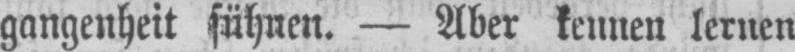
gangenheit sühnen. - Aber kennen lernen